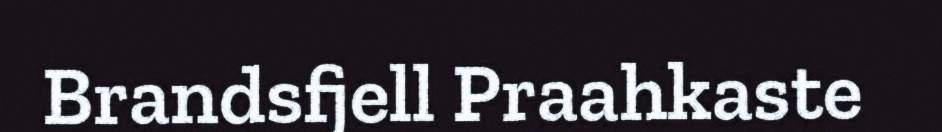
Brandsfjell Praahkaste